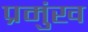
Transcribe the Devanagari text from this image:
प्रमुंख